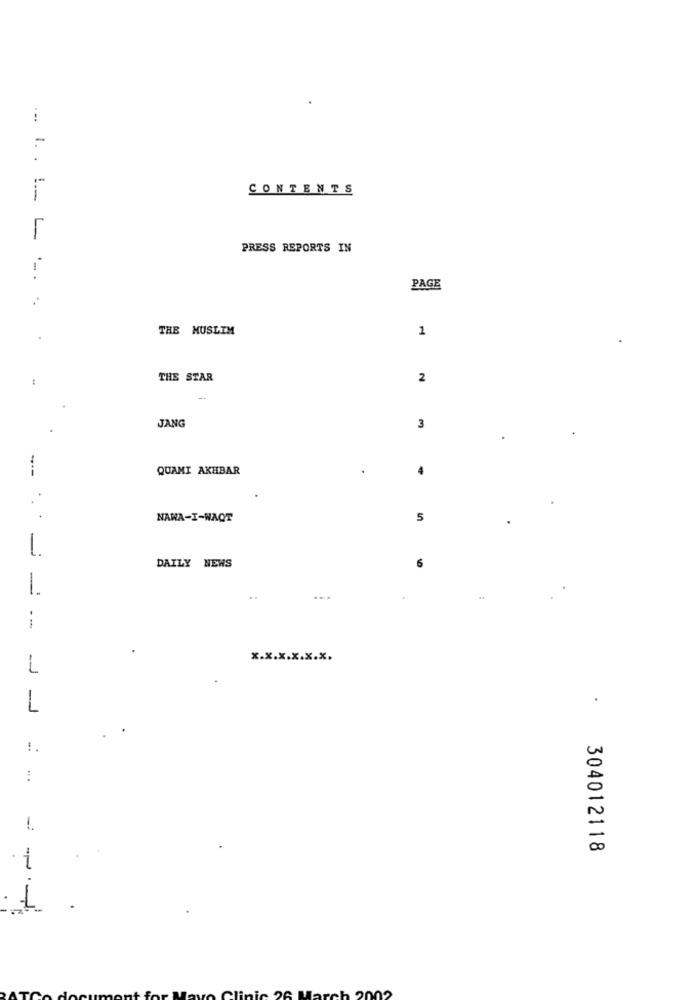
CONTENTS
... I ..... [
PRESS REPORTS IN
PAGE
THE MUSLIM
1
THE STAR
2
JANG
3
---
QUAMI AKHBAR
NAWA-I-WAQT
5
1.
6
DAILY NEWS
-
....
:
1
x.x.x.x.x.x.
L
!.
1.
304012118
i
1
2002